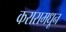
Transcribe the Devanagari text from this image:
करारामधून